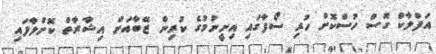
އަފްލާކް ގޮސް ހުސްކޮށް ހުރި ސޯފާގައި އިށީނުމުގެ ކުރިން ޒޭބާއަށް އިޝާރާތް ކޮށްލާފައި